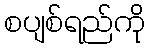
စပျစ်ရည်ကို